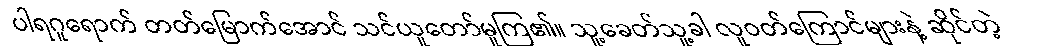
ပါရဂူရောက် တတ်မြောက်အောင် သင်ယူတော်မူကြ၏။ သူ့ခေတ်သူ့ခါ လူဝတ်ကြောင်များနဲ့ ဆိုင်တဲ့